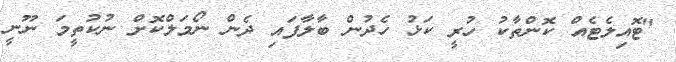
"ޓޮއިލެޓެއް ކޮންތާކު ހުރީ ކަޅު ހެދުން ބާލާފައި ދެން ނޯމަލްކޮށް ނުކުތީމަ ނޫނީ